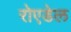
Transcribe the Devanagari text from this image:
रोएडेल